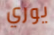
يوري